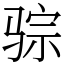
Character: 骔